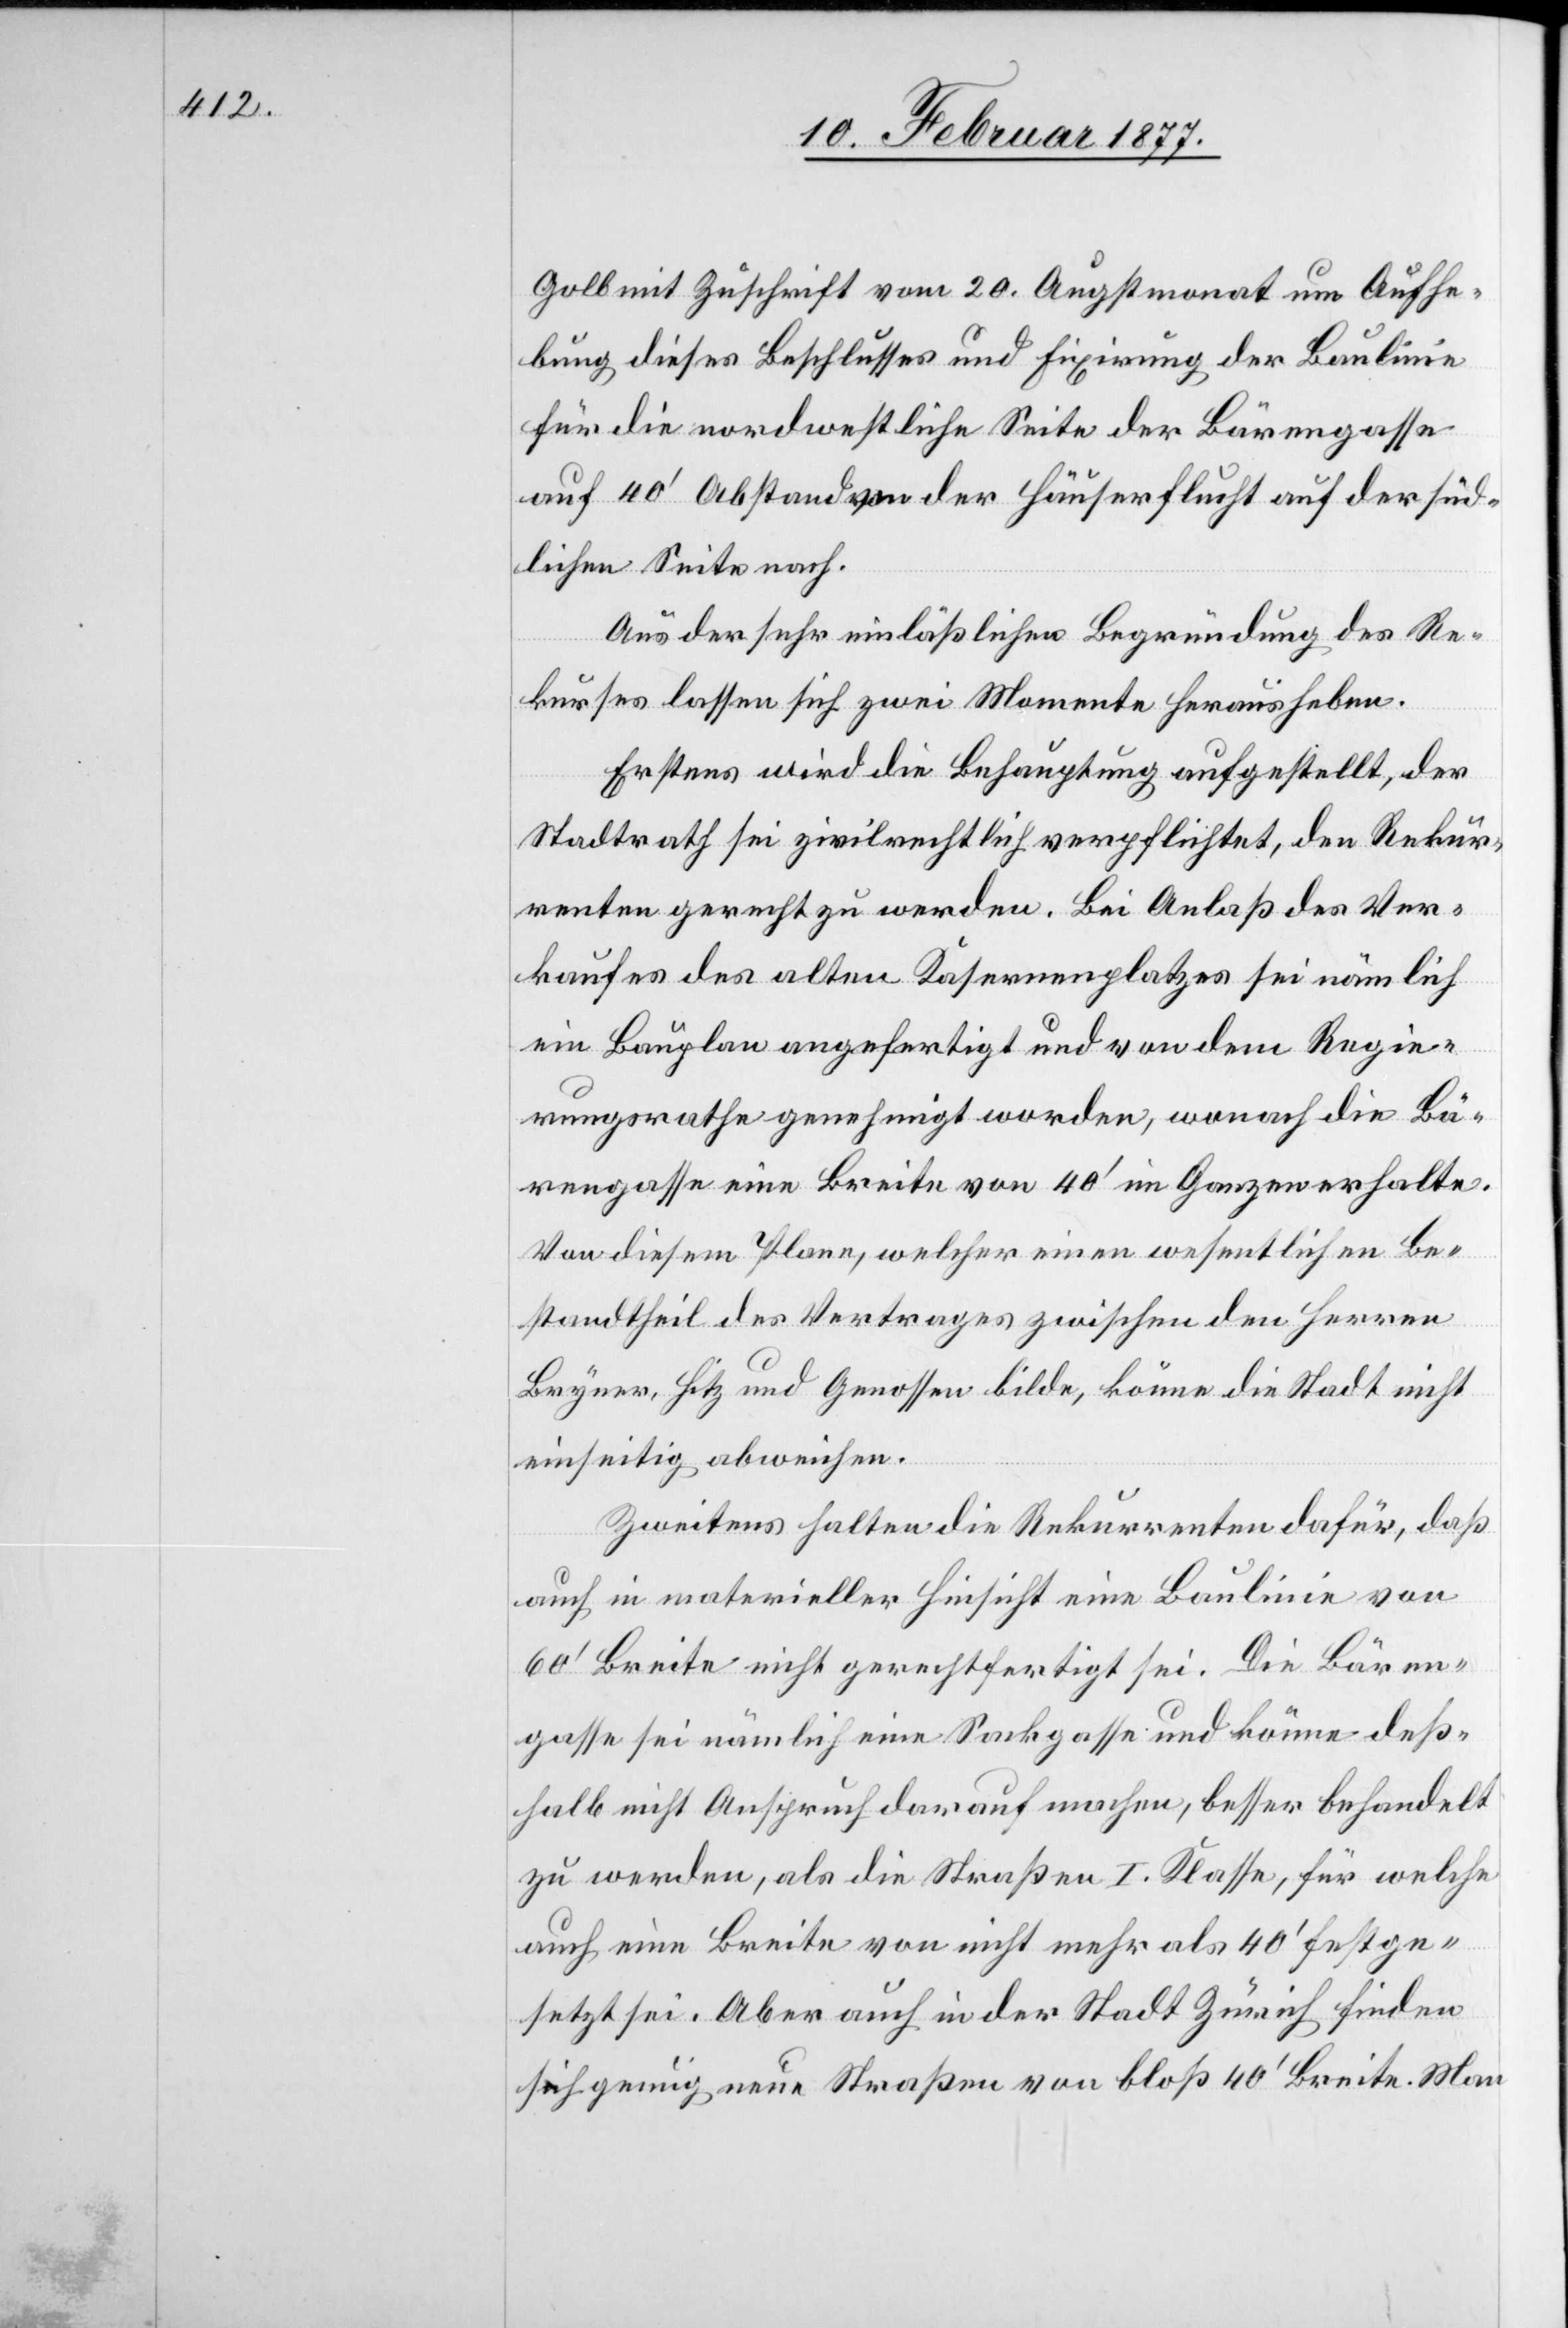
Golb mit Zuschrift vom 20. Augstmonat um Aufhe¬
bung dieses Beschlusses und Fixirung der Baulinie
für die nordwestliche Seite der Bärengasse
auf 40’ Abstand von der Häuserflucht auf der süd¬
lichen Seite nach.
Aus der sehr einläßlichen Begründung des Re¬
kurses lassen sich zwei Momente herausheben.
Erstens wird die Behauptung aufgestellt, der
Stadtrath sei zivilrechtlich verpflichtet, den Rekur¬
renten gerecht zu werden. Bei Anlaß des Ver¬
kaufes des alten Kasernenplatzes sei nämlich
ein Bauplan angefertigt worden und von dem Regie¬
rungsrathe genehmigt worden, wonach die Bä¬
rengasse eine Breite von 40’ im Ganzen erhalte.
Von diesem Plane, welcher einen wesentlichen Be¬
standtheil des Vertrages zwischen den Herren
Bryner, Hitz und Genossen bilde, könne die Stadt nicht
einseitig abweichen.
Zweitens halten die Rekurrenten dafür, daß
auch in materieller Hinsicht eine Baulinie von
60’ Breite nicht gerechtfertigt sei. Die Bären¬
gasse sei nämlich eine Sackgasse und könne deß¬
halb nicht Anspruch darauf machen, besser behandelt
zu werden, als die Straßen I. Klasse, für welche
auch eine Breite von nicht mehr als 40’ festge¬
setzt sei. Aber auch in der Stadt Zürich finden
sich genug neue Straßen von bloß 40’ Breite. Man